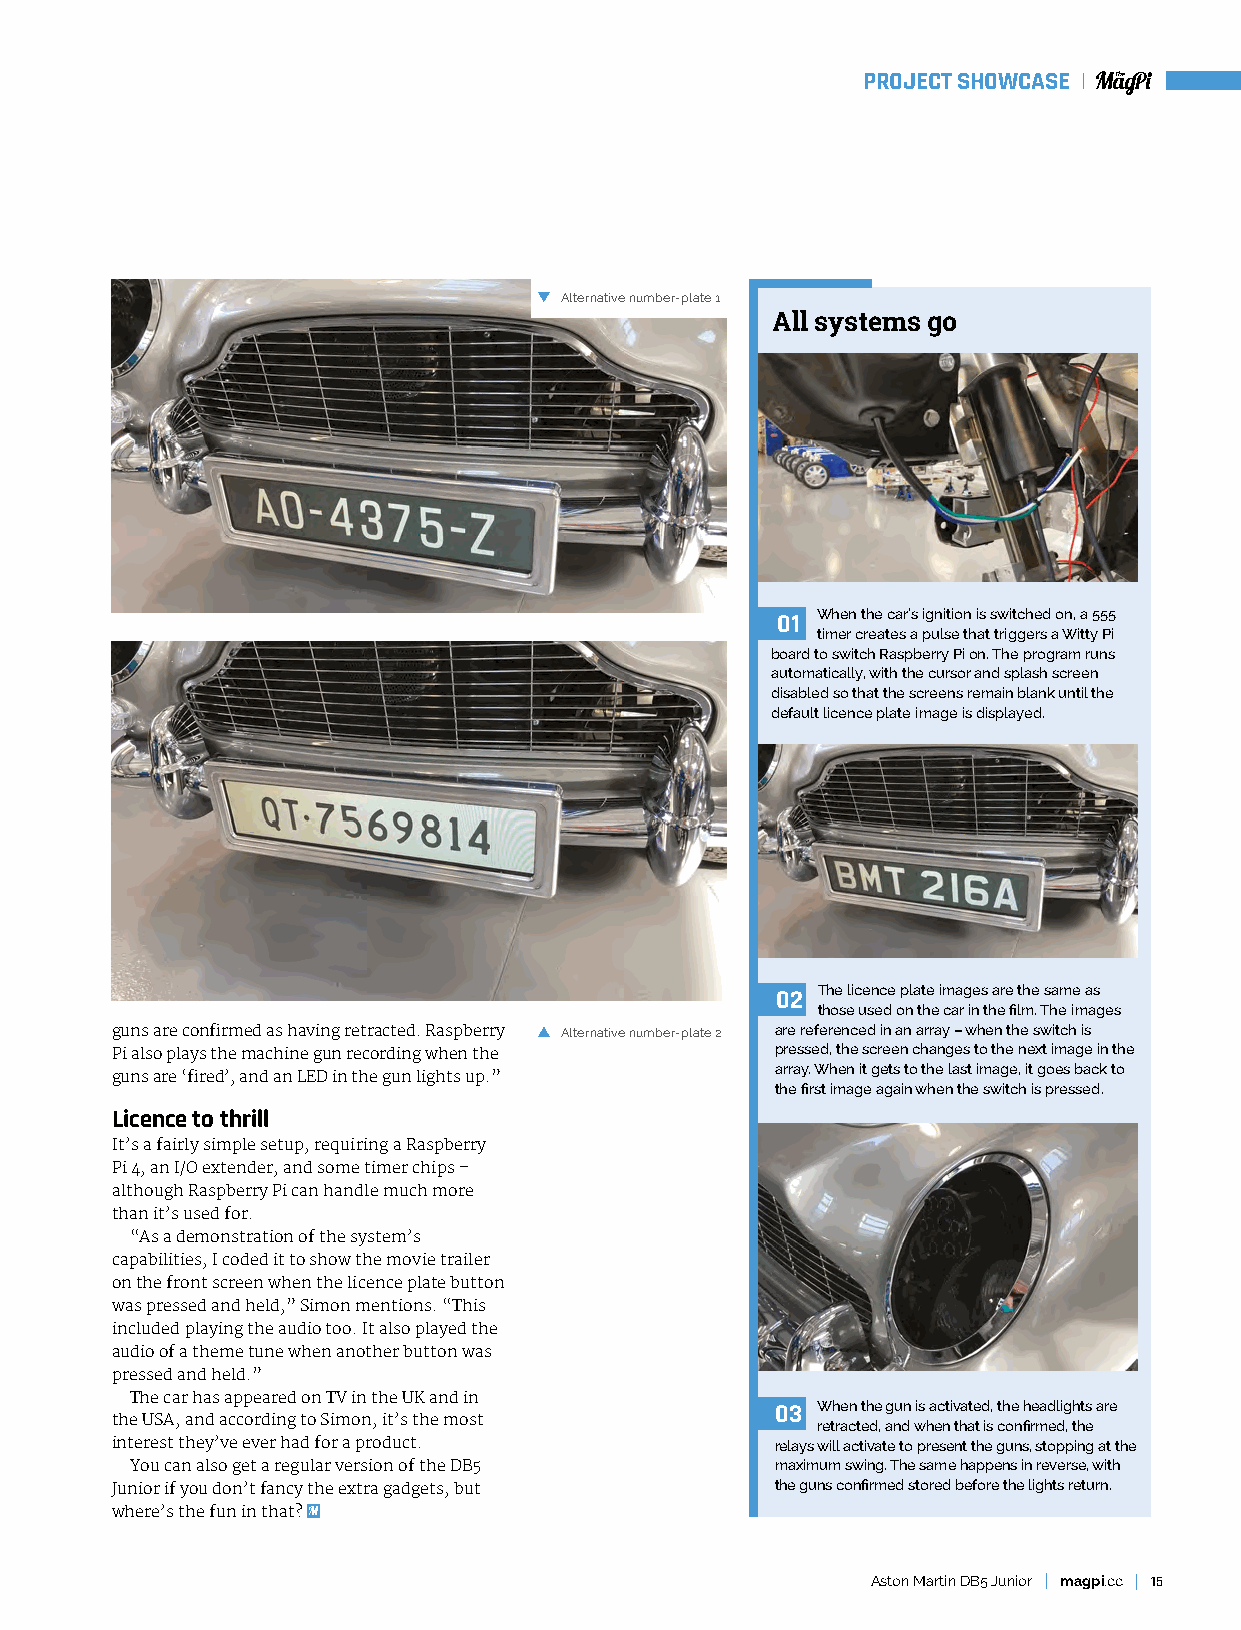
PROJECT SHOWCASE
 Alternative number-plate 1
 All systems go
 When the car’s ignition is switched on, a 555
 01
 timer creates a pulse that triggers a Witty Pi
 board to switch Raspberry Pi on. The program runs
 automatically, with the cursor and splash screen
 disabled so that the screens remain blank until the
 default licence plate image is displayed.
 The licence plate images are the same as
 02
 those used on the car in the film. The images
 guns are confirmed as having retracted. Raspberry Alternative number-plate 2 are referenced in an array – when the switch is
 Pi also plays the machine gun recording when the pressed, the screen changes to the next image in the
 array. When it gets to the last image, it goes back to
 guns are ‘fired’, and an LED in the gun lights up.”
 the first image again when the switch is pressed.
 Licence to thrill
 It’s a fairly simple setup, requiring a Raspberry
 Pi 4, an I/O extender, and some timer chips –
 although Raspberry Pi can handle much more
 than it’s used for.
 “As a demonstration of the system’s
 capabilities, I coded it to show the movie trailer
 on the front screen when the licence plate button
 was pressed and held,” Simon mentions. “This
 included playing the audio too. It also played the
 audio of a theme tune when another button was
 pressed and held.”
 The car has appeared on TV in the UK and in
 03 When the gun is activated, the headlights are
 the USA, and according to Simon, it’s the most retracted, and when that is confirmed, the
 interest they’ve ever had for a product.    relays will activate to present the guns, stopping at the
 You can also get a regular version of the DB5 maximum swing. The same happens in reverse, with
 Junior if you don’t fancy the extra gadgets, but the guns confirmed stored before the lights return.
 where’s the fun in that?
 Aston Martin DB5 Junior magpi.cc 15